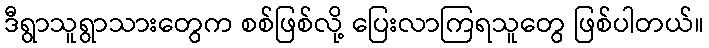
ဒီရွာသူရွာသားတွေက စစ်ဖြစ်လို့ ပြေးလာကြရသူတွေ ဖြစ်ပါတယ်။